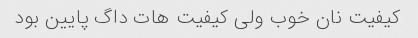
کیفیت نان خوب ولى کیفیت هات داگ پایین بود